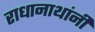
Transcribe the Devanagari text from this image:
राधानाथांनी